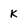
Character: k